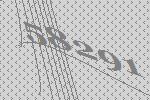
58291